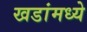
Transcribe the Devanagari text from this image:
खडांमध्ये